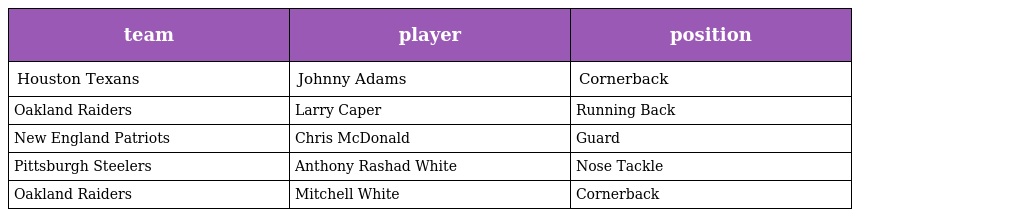
| team | player | position |
 | --- | --- | --- |
 | Houston Texans | Johnny Adams | Cornerback |
 | Oakland Raiders | Larry Caper | Running Back |
 | New England Patriots | Chris McDonald | Guard |
 | Pittsburgh Steelers | Anthony Rashad White | Nose Tackle |
 | Oakland Raiders | Mitchell White | Cornerback |